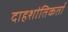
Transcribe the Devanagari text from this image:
दाहशांतिकर्ता